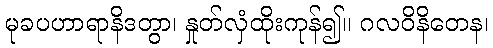
မုခပဟာရာနိဒတွာ၊ နှုတ်လှံထိုးကုန်၍။ ဂလဝိနိတေန၊